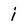
Character: j